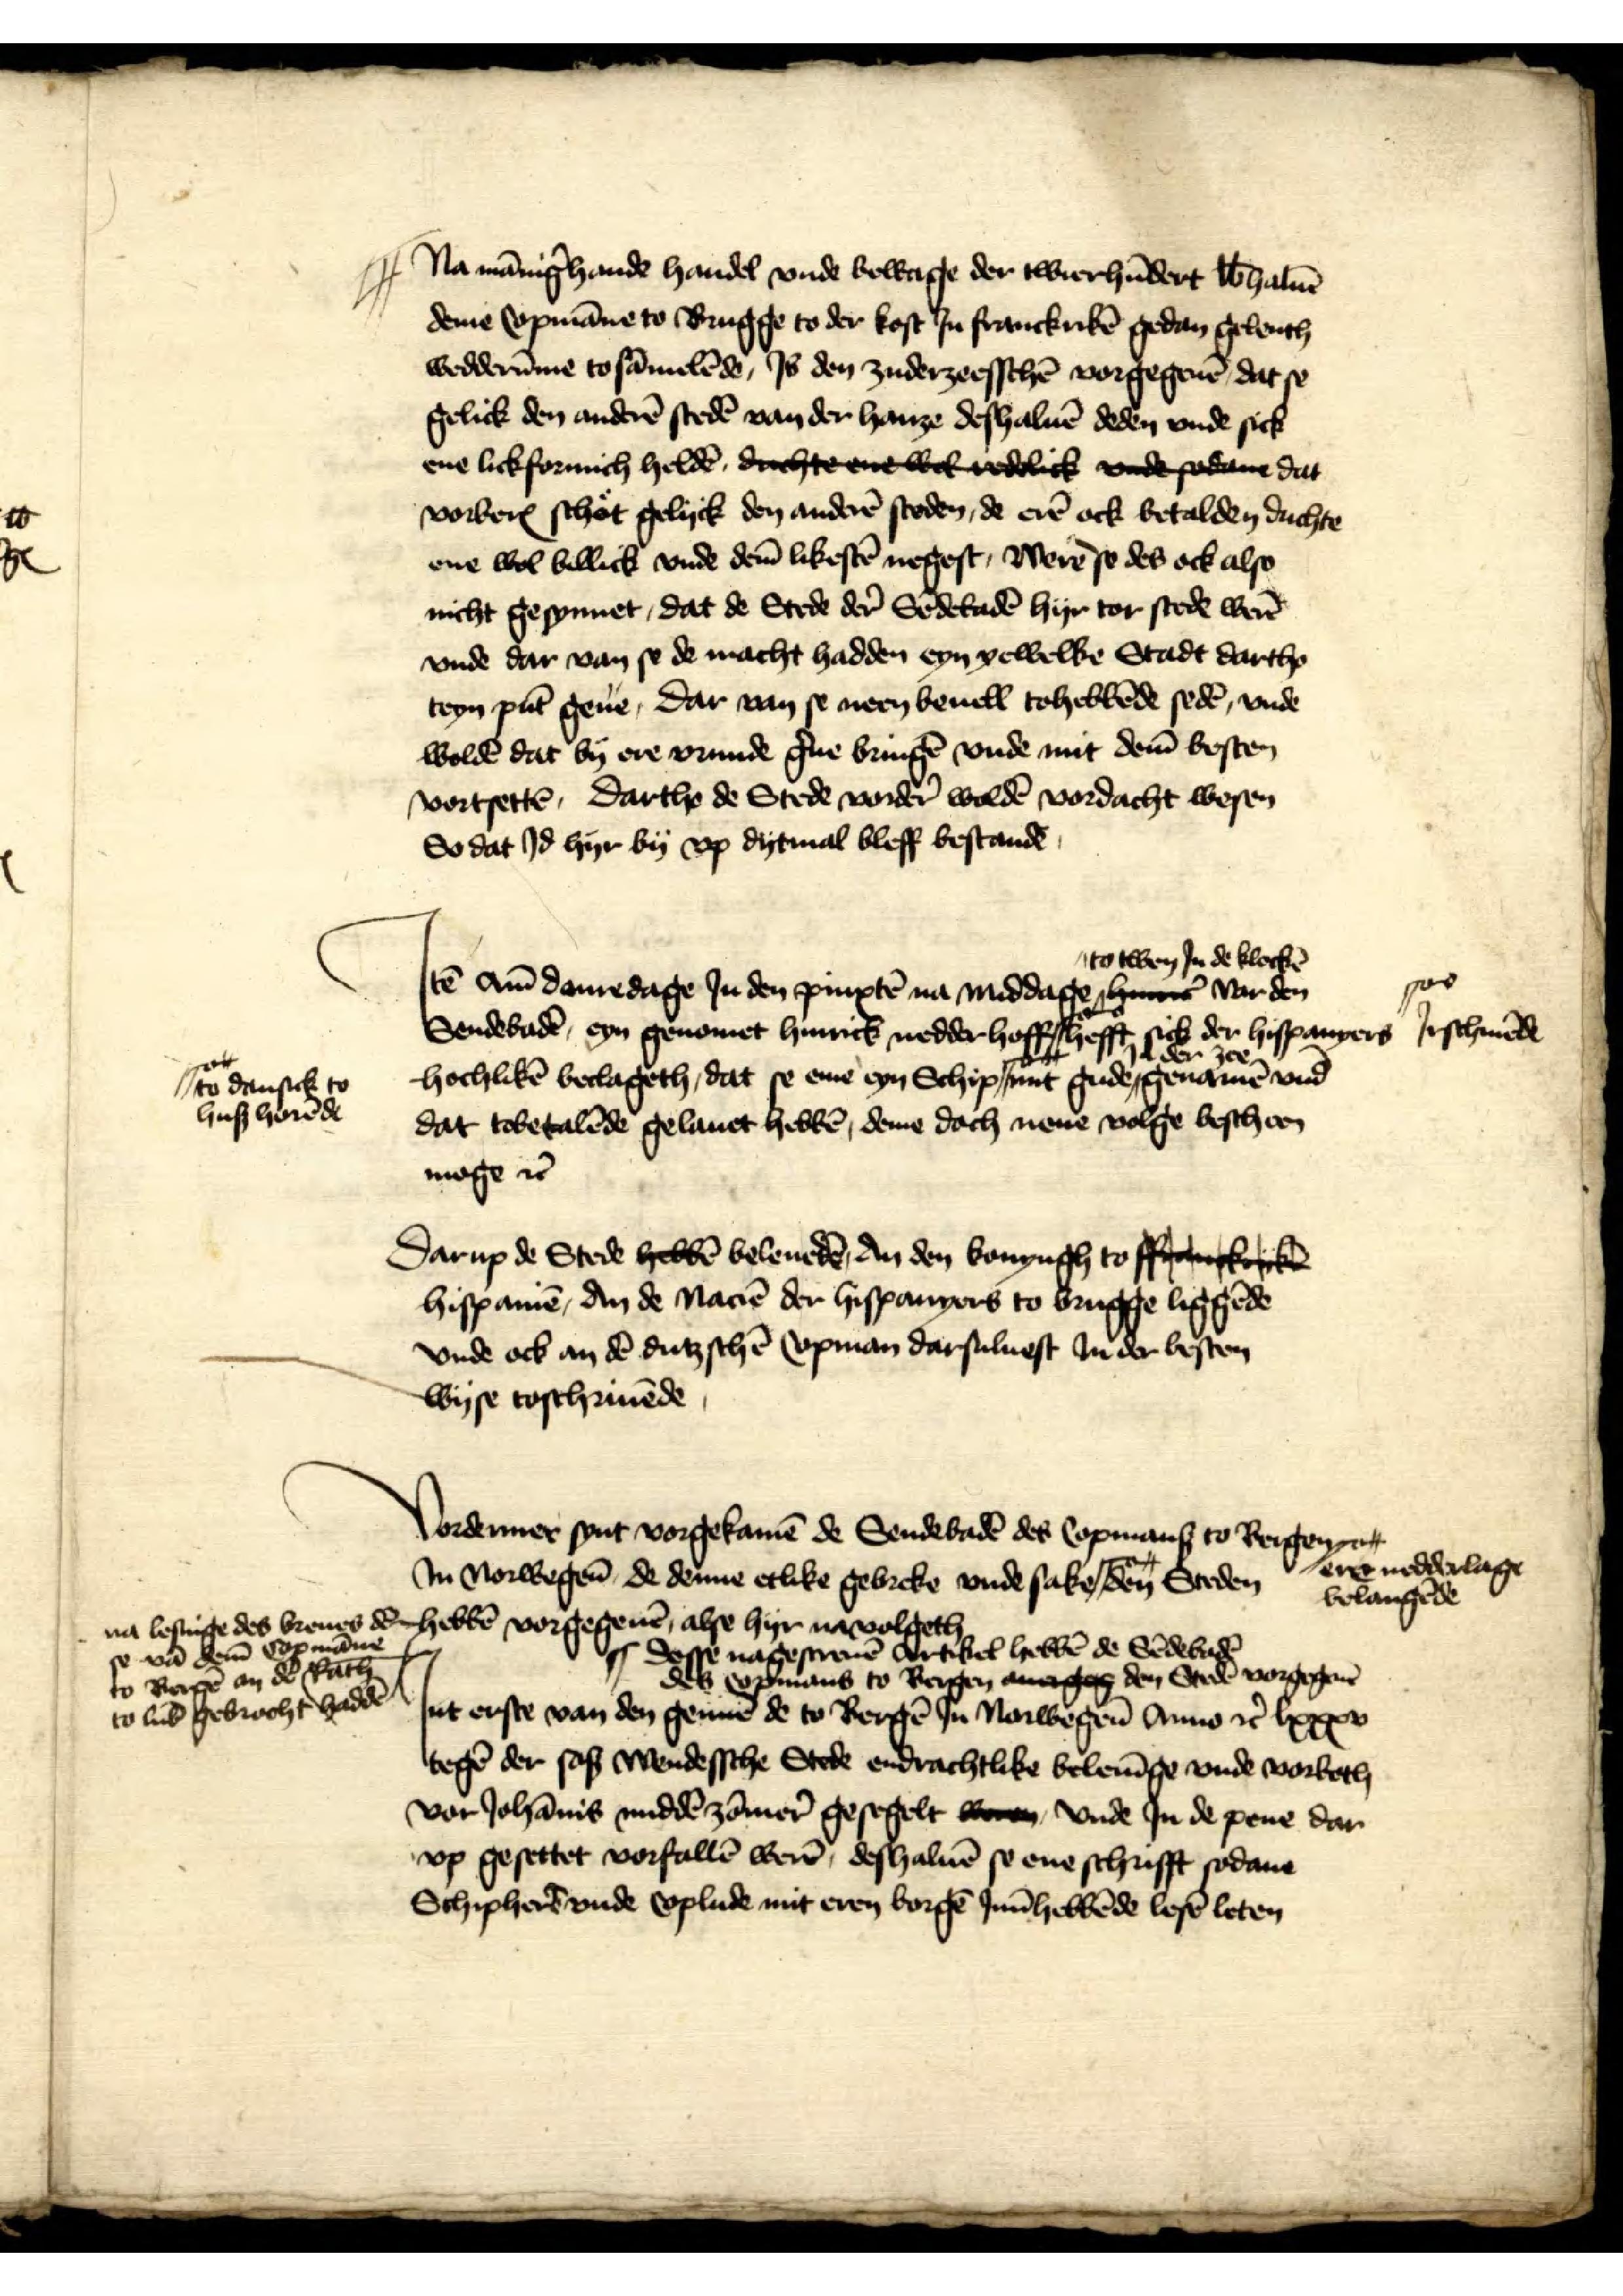
Na mānig̉leye handel vnde bewage der twierhūdert ℔ haluē
deme Copmāne to Brugge to der kost Jn franckrikē gedan gelenth
wedderūme to sāmelēde, Js den zuderzeesschē vorgegeuē, dat se
gelick den anderē stedē van der hanze deshaluē deden vnde sick
ene lickformich heldē, dachte ene bok redelick vnde sodane dat
vorberꝬ schot gelyck den anderē steden, de erē ock betalden duchte
ene wol billick vnde dem̄ likestē negest, Werē se des ock also
nicht gesynnet, dat de Stede der Sēdebadē hyr tor stede werē
vnde dar van se de macht hadden eyn yewelke Stadt dartho
teyn pūt geue, dar van se neen beuell tohebbēde sedē, vnde
woldē dat by ere vrunde g̉ne bringē vnde mit dem̄ besten
vortsettē, Dartho de Stede vorder̉ wolden vordacht wesen
So dat Jd hyr by vp dytmal bleff bestande

Jꝷ am̄ donredage Jn den pinxtē na middage to twen Jn de Klockē vor den
Sendebadē eyn genomet Hinrick Wedderhoff Jrschmēde hefft sick der hispanyers
hochlikē beclageth, dat se ene eyn Schip to Dansick to hus horēde mit gude der zee genamē vnd
dar tobetalēde gelauet hebbē, deme dach nene volge bescheen
moge et̉

Darup de Stede hebbe beleuedē, an den konyngh to ffenkrsikēen
Hispaniē, an de Naciē der hispanyers to brugge liggēde
vnde ock an dē dutzschē Copman darsuluest Jn der besten
Wyse toschriuēde

Vordermer synt vorgekamē de Sendebadē des Copmans to Bergen 
Jn Norwegen de denne etlike gebreke vnde sake F den Steden
hebbē vorgegeuē, alse hyr na volgeth
desse nagescreuē Artikel hebbē de Sēdebadē
des Copmans to Bergen muergog den Stedē vorgegeuē
Jnt erste van den gennē de to Bergē Jn Norwegen Anno etꝬ lxxxv
tegē der soß Wendessche Stede endrachtlike beleuīge vnde vorboth
vor Johānis middē zōmer̉ gesegelt weren, vnde Jn de pene dar
vp gesettet vorfallē werē, deshaluē se ene schrifft sodan̄
Schipher̉ vnde Coplude mit eren borgē Jnn̄hebbē leten

na lestinge des breues dē
se vā dem̄ Copmāne
to Bergē an dē Rath
to Lub̄ gebrocht haddē

F ere nedderlage
belangēde